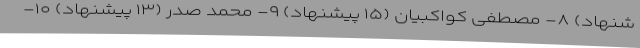
شنهاد) ۸- مصطفی کواکبیان (۱۵ پیشنهاد) ۹- محمد صدر (۱۳ پیشنهاد) ۱۰-